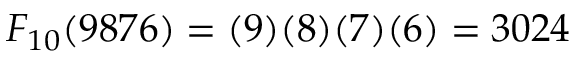
F _ { 1 0 } ( 9 8 7 6 ) = ( 9 ) ( 8 ) ( 7 ) ( 6 ) = 3 0 2 4